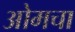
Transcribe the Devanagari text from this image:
ओमचा